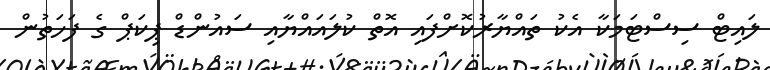
ލައިޓް ސިސްޓަމަކާ އެކު ތައްޔާރުކޮށްފައި އޮތް ކުލައައްޔާއި ސައުންޑް ޕިކަޕް ގެ ފަހަތުން